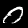
Digit: 0